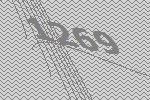
1269